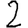
Digit: 2